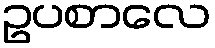
ဥပစာလေ